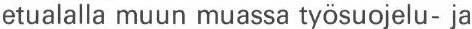
etualalla muun muassa työsuojelu- ja